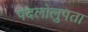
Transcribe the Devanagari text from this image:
पदलोलुपता